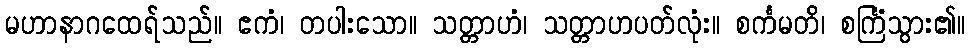
မဟာနာဂထေရ်သည်။ ဧကံ၊ တပါးသော။ သတ္တာဟံ၊ သတ္တာဟပတ်လုံး။ စင်္ကမတိ၊ စင်္ကြံသွား၏။